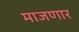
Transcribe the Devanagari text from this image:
माजणार